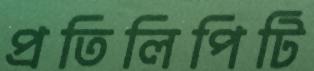
প্রতিলিপিটি